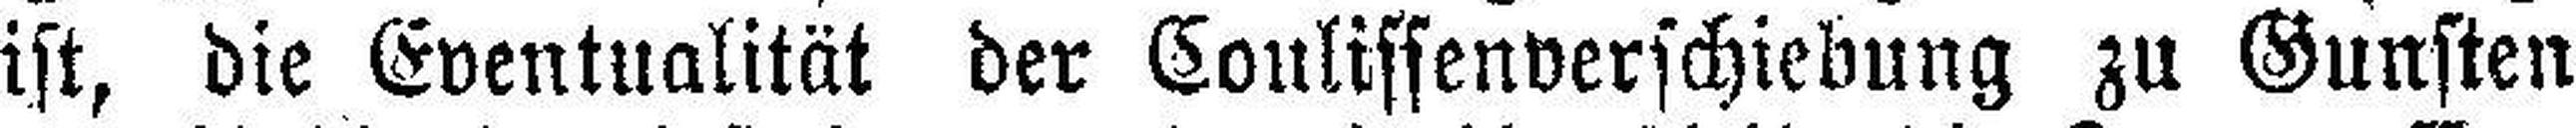
ist, die Eventualität der Coulissenverschiebung zu Gunsten